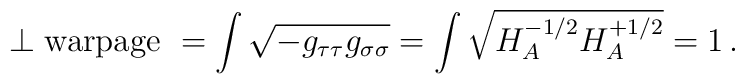
\perp {\rm warpage\ } = \int \sqrt{-g_{\tau\tau}g_{\sigma\sigma}}= \int \sqrt{H_A^{-1/2}H_A^{+1/2}} =1 \,.